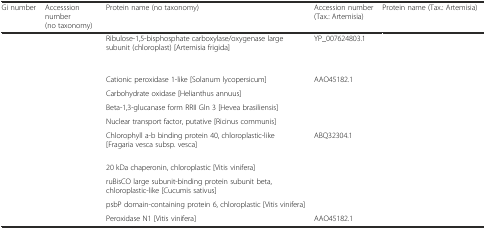
<table><thead><tr><td><b>Gi number</b></td><td><b>Accesssion number (no taxonomy)</b></td><td><b>Protein name (no taxonomy)</b></td><td><b>Accession number (Tax.: Artemisia)</b></td><td><b>Protein name (Tax.: Artemisia)</b></td></tr></thead><tbody><tr><td>[EMPTY_CELL]</td><td>[EMPTY_CELL]</td><td>Ribulose-1,5-bisphosphate carboxylase/oxygenase large subunit (chloroplast) [Artemisia frigida]</td><td>YP_007624803.1</td><td>[EMPTY_CELL]</td></tr><tr><td>[EMPTY_CELL]</td><td>[EMPTY_CELL]</td><td>Cationic peroxidase 1-like [Solanum lycopersicum]</td><td>AAO45182.1</td><td>[EMPTY_CELL]</td></tr><tr><td>[EMPTY_CELL]</td><td>[EMPTY_CELL]</td><td>Carbohydrate oxidase [Helianthus annuus]</td><td>[EMPTY_CELL]</td><td>[EMPTY_CELL]</td></tr><tr><td>[EMPTY_CELL]</td><td>[EMPTY_CELL]</td><td>Beta-1,3-glucanase form RRII Gln 3 [Hevea brasiliensis]</td><td>[EMPTY_CELL]</td><td>[EMPTY_CELL]</td></tr><tr><td>[EMPTY_CELL]</td><td>[EMPTY_CELL]</td><td>Nuclear transport factor, putative [Ricinus communis]</td><td>[EMPTY_CELL]</td><td>[EMPTY_CELL]</td></tr><tr><td>[EMPTY_CELL]</td><td>[EMPTY_CELL]</td><td>Chlorophyll a-b binding protein 40, chloroplastic-like [Fragaria vesca subsp. vesca]</td><td>ABQ32304.1</td><td>[EMPTY_CELL]</td></tr><tr><td>[EMPTY_CELL]</td><td>[EMPTY_CELL]</td><td>20 kDa chaperonin, chloroplastic [Vitis vinifera]</td><td>[EMPTY_CELL]</td><td>[EMPTY_CELL]</td></tr><tr><td>[EMPTY_CELL]</td><td>[EMPTY_CELL]</td><td>ruBisCO large subunit-binding protein subunit beta, chloroplastic-like [Cucumis sativus]</td><td>[EMPTY_CELL]</td><td>[EMPTY_CELL]</td></tr><tr><td>[EMPTY_CELL]</td><td>[EMPTY_CELL]</td><td>psbP domain-containing protein 6, chloroplastic [Vitis vinifera]</td><td>[EMPTY_CELL]</td><td>[EMPTY_CELL]</td></tr><tr><td>[EMPTY_CELL]</td><td>[EMPTY_CELL]</td><td>Peroxidase N1 [Vitis vinifera]</td><td>AAO45182.1</td><td>[EMPTY_CELL]</td></tr></tbody></table>